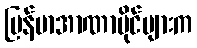
မြန်မာအာဏာပိုင်များက